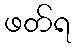
ဖတ်ရ